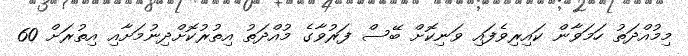
މިމުއްދަތު ހަމަވާން ކައިރިވެފައި ވަނިކޮށް ބޭސް ފަރުވާގެ މުއްދަތު އިތުރުކޮށްދިނުމަށާއި އިތުރަށް 60